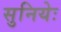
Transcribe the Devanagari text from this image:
सुनियेः